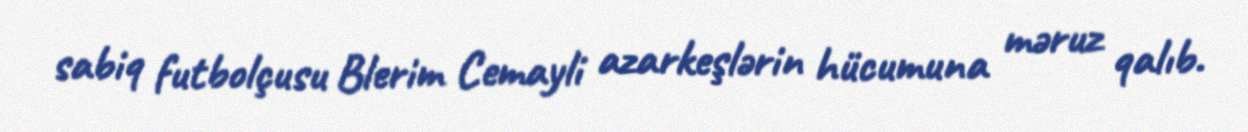
sabiq futbolçusu Blerim Cemayli azarkeşlərin hücumuna məruz qalıb.